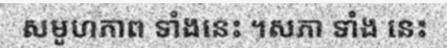
សមូហភាព ទាំងនេះ ។សភា ទាំង នេះ